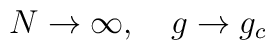
N \to \infty, \quad g \to g_c